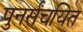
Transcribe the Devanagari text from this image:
पुनर्संचयित